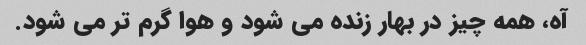
آه، همه چیز در بهار زنده می شود و هوا گرم تر می شود.